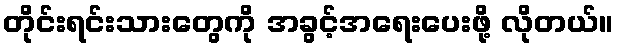
တိုင်းရင်းသားတွေကို အခွင့်အရေးပေးဖို့ လိုတယ်။